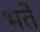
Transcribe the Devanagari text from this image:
भर्ते